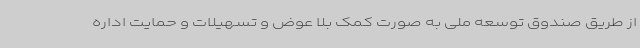
از طریق صندوق توسعه ملی به صورت کمک بلا عوض و تسهیلات و حمایت اداره